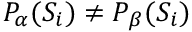
P _ { \alpha } ( S _ { i } ) \neq P _ { \beta } ( S _ { i } )